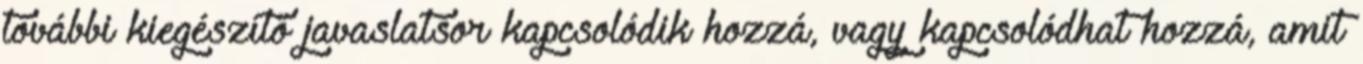
további kiegészítő javaslatsor kapcsolódik hozzá, vagy kapcsolódhat hozzá, amit